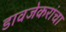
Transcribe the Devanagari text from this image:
डावजेकरांचा